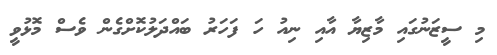
މި ސީޒަނުގައި މާޒިޔާ އާއި ނިއު ހަ ފަހަރު ބައްދަލުކޮށްގެން ވެސް މޮޅުވީ